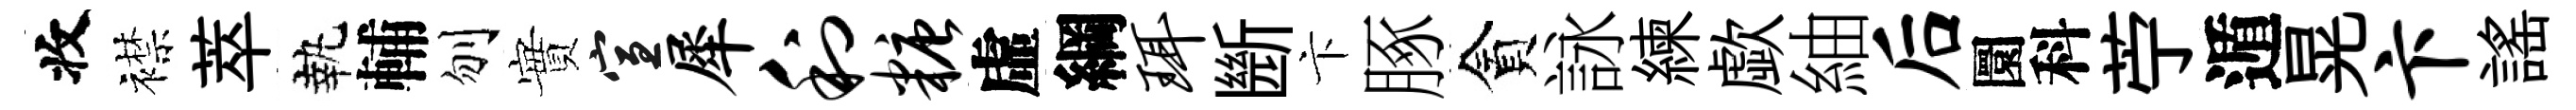
收襟萃執輔刎實宣犀利糖虛綱珥㫁卞䐁貪詠練歔紬后圜科苧遁晃卞謡